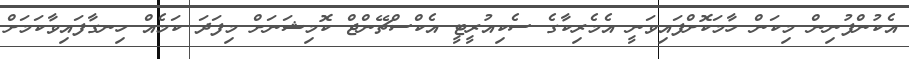
އެކުންފުނިން މިކަން ހާމަކޮށްފައިވަނީ އެމެރިކާގެ ސެކިއުރީޓީ އެކްސްޗޭންޖް ކޮމިޝަނަށް މިފަދަ ކަމެއް ހިނގާފައިވާކަމަށް